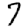
Digit: 7